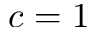
c = 1